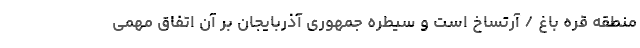
منطقه قره باغ / آرتساخ است و سیطره جمهوری آذربایجان بر آن اتفاق مهمی